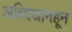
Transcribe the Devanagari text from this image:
अब्दिजानहून